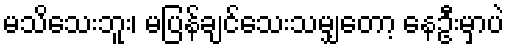
မသိသေးဘူး၊ မပြန်ချင်သေးသမျှတော့ နေဦးမှာပဲ